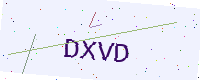
Text: DXVD